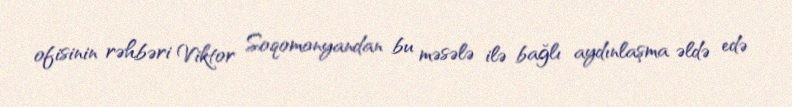
ofisinin rəhbəri Viktor Soqomonyandan bu məsələ ilə bağlı aydınlaşma əldə edə